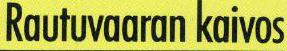
Rautuvaaran kaivos